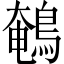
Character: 鵪